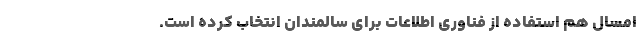
امسال هم استفاده از فناوری اطلاعات برای سالمندان انتخاب کرده است.